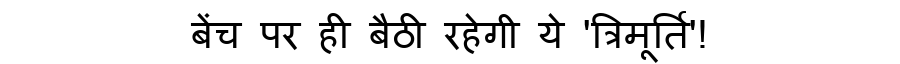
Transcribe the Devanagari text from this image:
बेंच पर ही बैठी रहेगी ये 'त्रिमूर्ति'!